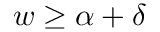
w \geq \alpha + \delta